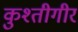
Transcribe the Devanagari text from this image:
कुश्तीगीर